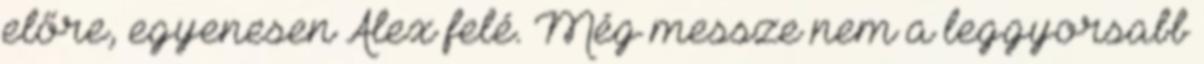
előre, egyenesen Alex felé. Még messze nem a leggyorsabb